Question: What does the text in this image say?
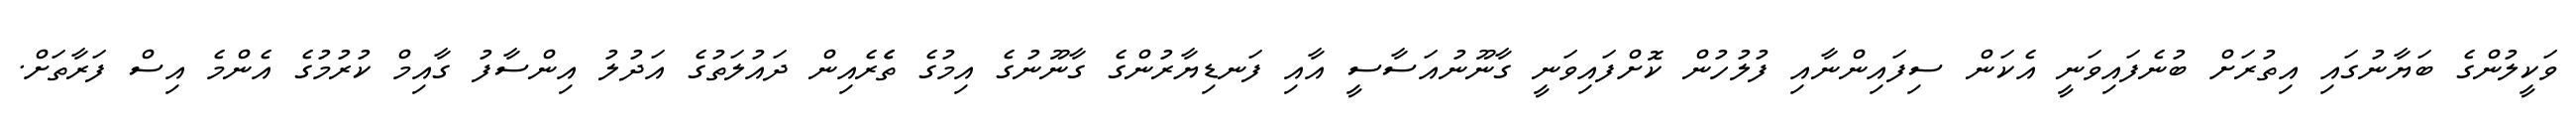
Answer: ވަކީލުންގެ ބަޔާނުގައި އިތުރަށް ބުނެފައިވަނީ އެކަން ސިފައިންނާއި ފުލުހުން ކޮށްފައިވަނީ ގާނޫނުއަސާސީ އާއި ފަނޑިޔާރުންގެ ގާނޫނުގެ އިމުގެ ތެެރެއިން ދައުލަތުގެ އަދުލު އިންސާފު ގާއިމް ކުރުމުގެ އެންމެ އިސް ފަރާތަށް.